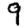
Digit: 9